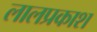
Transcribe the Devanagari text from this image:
लालप्रकाश